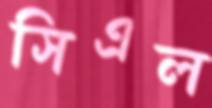
সিএল